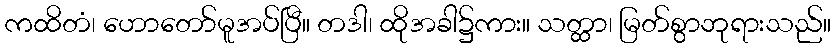
ကထိတံ၊ ဟောတော်မူအပ်ပြီ။ တဒါ၊ ထိုအခါ၌ကား။ သတ္ထာ၊ မြတ်စွာဘုရားသည်။